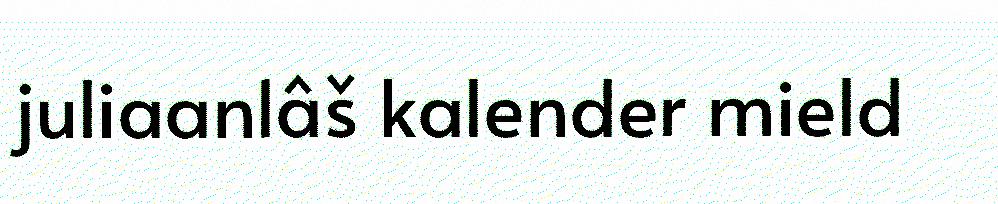
juliaanlâš kalender mield